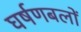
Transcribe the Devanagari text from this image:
घर्षणबलों